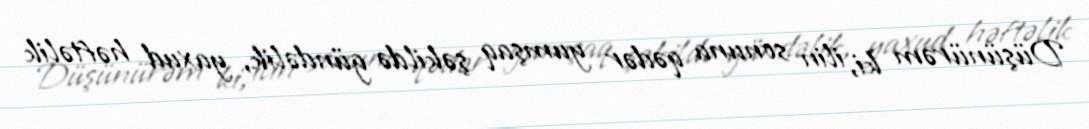
Düşünürəm ki, ilin sonuna qədər yumşaq şəkildə gündəlik, yaxud həftəlik